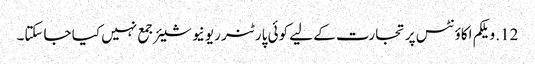
12. ویلکم اکاؤنٹس پر تجارت کے لیے کوئی پارٹنر ریونیو شیئر جمع نہیں کیا جاسکتا۔